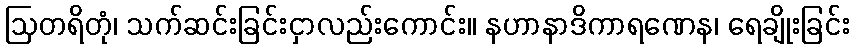
ဩတရိတုံ၊ သက်ဆင်းခြင်းငှာလည်းကောင်း။ နဟာနာဒိကာရဏေန၊ ရေချိုးခြင်း